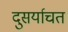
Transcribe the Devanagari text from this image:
दुसर्याचत